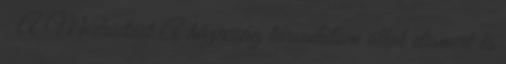
. A Módosítást A házasság társadalom által elismert és